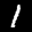
Label: 1